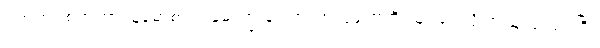
ပက်ထရစ်ရှာဟာ မြန်မာစာ ပါမောက္ခ ဒေါက်တာလှဘေကို သူ့ဖခင်လို အထူးခင်မင်ပြီး